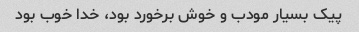
پیک بسیار مودب و خوش برخورد بود، خدا خوب بود